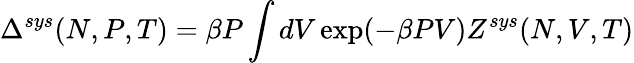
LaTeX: \Delta^{sys}(N,P,T)=\beta P\int dV\exp(-\beta PV)Z^{sys}(N,V,T)